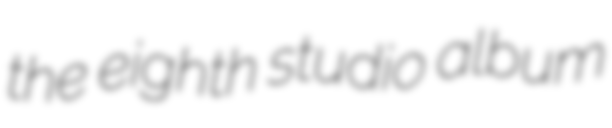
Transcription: the eighth studio album